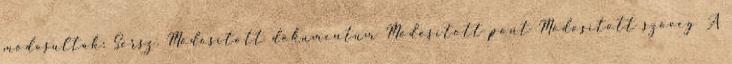
módosultak: Sorsz. Módosított dokumentum Módosított pont Módosított szöveg A